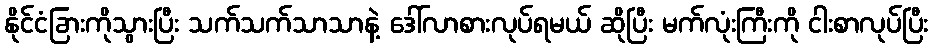
နိုင်ငံခြားကိုသွားပြီး သက်သက်သာသာနဲ့ ဒေါ်လာစားလုပ်ရမယ် ဆိုပြီး မက်လုံးကြီးကို ငါးစာလုပ်ပြီး